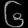
Digit: ၆